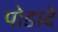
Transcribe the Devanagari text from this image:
पोडादे